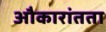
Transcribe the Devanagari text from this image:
औकारांतता